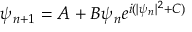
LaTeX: \psi _ { n + 1 } = A + B \psi _ { n } e ^ { i ( | \psi _ { n } | ^ { 2 } + C ) }